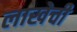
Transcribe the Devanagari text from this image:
लाखेची